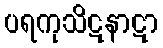
ပရကုသိဋနာဋာ